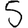
Digit: 5